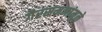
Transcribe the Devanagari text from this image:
गैरसमजांमुळे